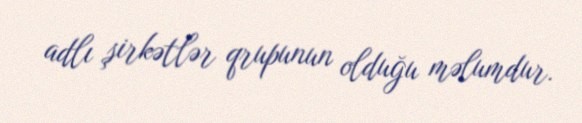
adlı şirkətlər qrupunun olduğu məlumdur.